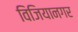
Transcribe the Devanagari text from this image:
विजियानगर